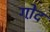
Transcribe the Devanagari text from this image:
गो़द